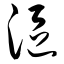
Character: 沤